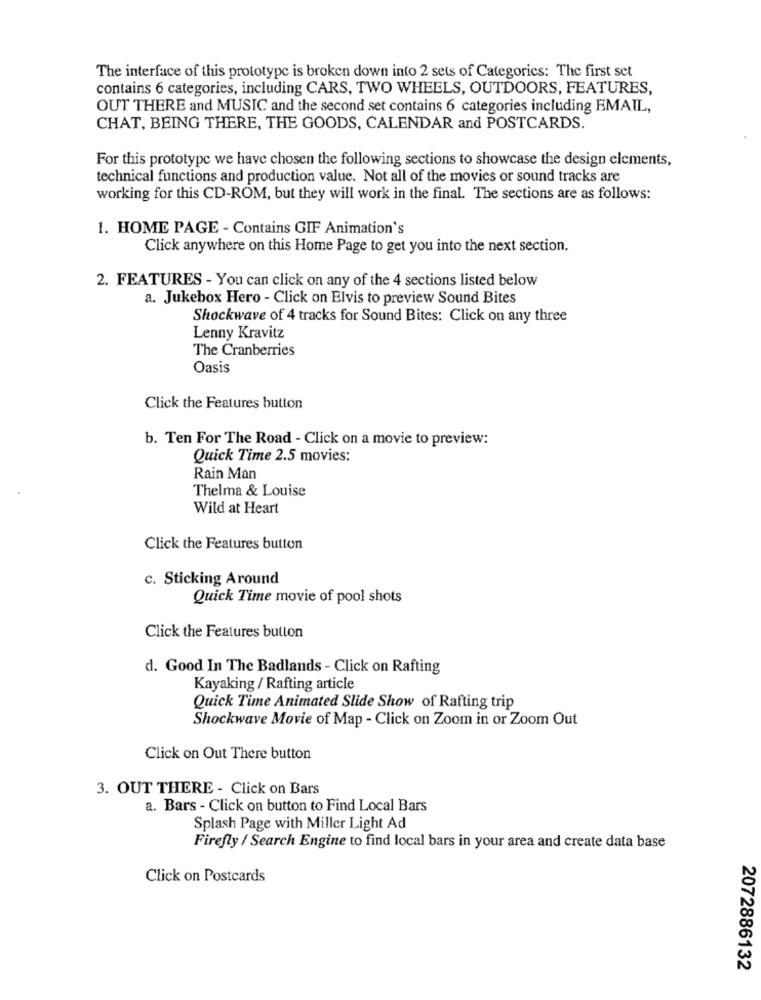
The interface of this prototype is broken down into 2 sets of Categories: The first set
contains 6 categories, including CARS, TWO WHEELS, OUTDOORS, FEATURES,
OUT THERE and MUSIC and the second set contains 6 categories including EMAIL,
CHAT, BEING THERE, THE GOODS, CALENDAR and POSTCARDS.
For this prototype we have chosen the following sections to showcase the design elements,
technical functions and production value. Not all of the movies or sound tracks are
working for this CD-ROM, but they will work in the final. The sections are as follows:
1. HOME PAGE - Contains GIF Animation's
Click anywhere on this Home Page to get you into the next section.
2. FEATURES - You can click on any of the 4 sections listed below
a. Jukebox Hero - Click on Elvis to preview Sound Bites
Shockwave of 4 tracks for Sound Bites: Click on any three
Lenny Kravitz
The Cranberries
Oasis
Click the Features button
b. Ten For The Road - Click on a movie to preview:
Quick Time 2.5 movies:
Rain Man
Thelma & Louise
Wild at Heart
Click the Features button
c. Sticking Around
Quick Time movie of pool shots
Click the Features button
d. Good In The Badlands - Click on Rafting
Kayaking / Rafting article
Quick Time Animated Slide Show of Rafting trip
Shockwave Movie of Map - Click on Zoom in or Zoom Out
Click on Out There button
3. OUT THERE - Click on Bars
a. Bars - Click on button to Find Local Bars
Splash Page with Miller Light Ad
Firefly / Search Engine to find local bars in your area and create data base
Click on Postcards
2072886132